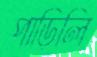
পাড়িলি